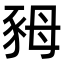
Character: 𧰷